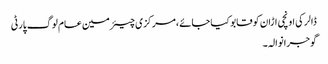
ڈالر کی اونچی اڑان کو قابو کیا جائے ،مرکزی چیئرمین عام لوگ پارٹی
گوجرانوالہ ۔